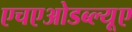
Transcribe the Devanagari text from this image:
एचएओडब्ल्यूए